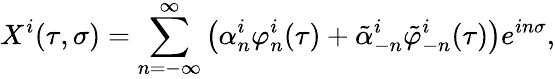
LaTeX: X^{i}(\tau,\sigma)=\sum_{n=-\infty}^{\infty}\left(\alpha_{n}^{i}\varphi_{n}^{i}(\tau)+\tilde{\alpha}_{-n}^{i}\tilde{\varphi}_{-n}^{i}(\tau)\right)e^{in\sigma},